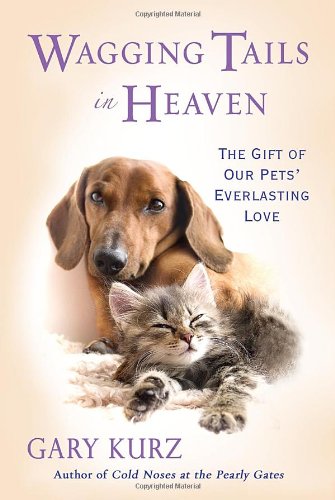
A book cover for Wagging Tails In Heaven: The Gift Of Our Pets Everlasting Love; Gary Kurz; Crafts, Hobbies & Home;